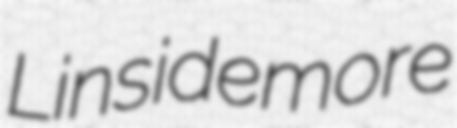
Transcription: Linsidemore